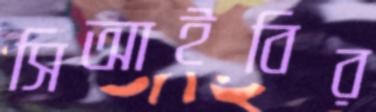
সিআইবির